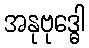
အနုဗုဒ္ဓေါ